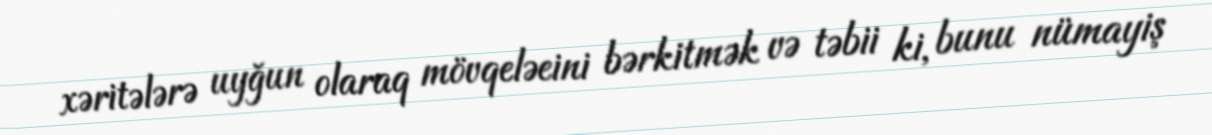
xəritələrə uyğun olaraq mövqeləeini bərkitmək və təbii ki, bunu nümayiş